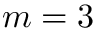
m = 3